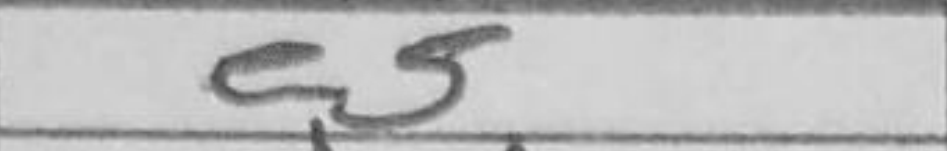
Transcription: e5